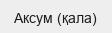
Аксум (қала)